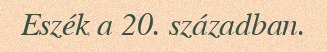
Eszék a 20. században.